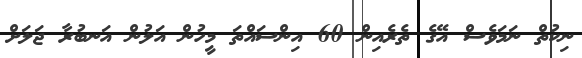
ނިކުތް ނަމަވެސް އޭގެ ތެރެއިން 60 އިންސައްތަ މީހުން އަލުން އަނބުރާ ޖަލަށް